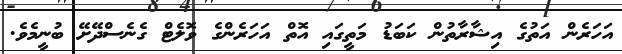
އަހަރެން އަތުގެ އިޝާރާތުން ކަބަޑު މަތީގައި އޮތް އަހަރެންގެ ވޮލެޓް ގެނެސްދޭށޭ ބުނީމެވެ.